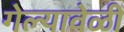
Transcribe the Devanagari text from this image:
गेल्यावेळीं